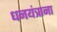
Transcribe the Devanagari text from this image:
धनयंत्राना